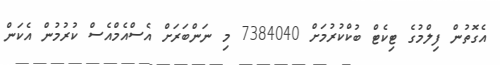
އެގޮތުން ފިލްމުގެ ޓިކެޓް ބުކްކުރުމަށް 7384040 މި ނަންބަރަށް އެސްއެމްއެސް ކުރުމުން އެކަން